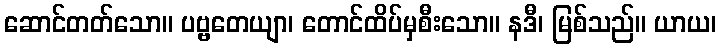
ဆောင်တတ်သော။ ပဗ္ဗတေယျာ၊ တောင်ထိပ်မှစီးသော။ နဒီ၊ မြစ်သည်။ ယာယ၊